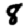
Digit: 8